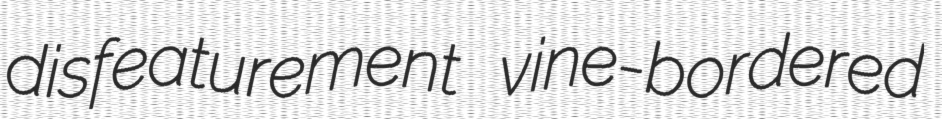
disfeaturement vine-bordered